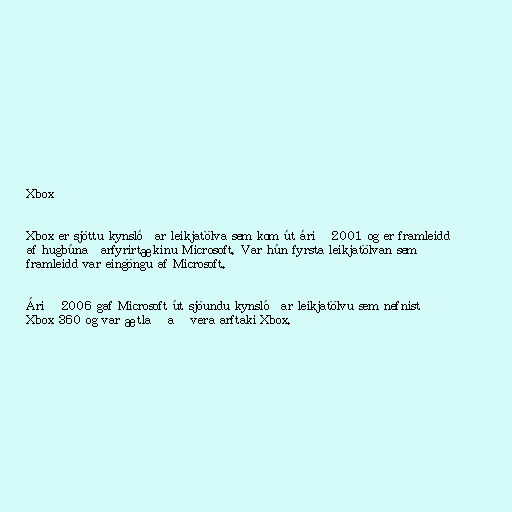
Xbox

Xbox er sjöttu kynslóðar leikjatölva sem kom út árið 2001 og er framleidd
af hugbúnaðarfyrirtækinu Microsoft. Var hún fyrsta leikjatölvan sem
framleidd var eingöngu af Microsoft.

Árið 2006 gaf Microsoft út sjöundu kynslóðar leikjatölvu sem nefnist
Xbox 360 og var ætlað að vera arftaki Xbox.